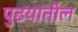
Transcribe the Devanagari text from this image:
पुढयातील